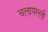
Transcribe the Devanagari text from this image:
चलापल्ली